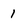
Character: 1